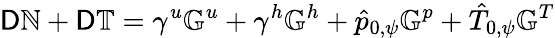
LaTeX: \mathsf{D}\mathbb{N}+\mathsf{D}\mathbb{T}=\gamma^{u}\mathbb{G}^{u}+\gamma^{h}\mathbb{G}^{h}+\hat{p}_{0,\psi}\mathbb{G}^{p}+\hat{T}_{0,\psi}\mathbb{G}^{T}